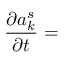
{ \frac { \partial a _ { k } ^ { s } } { \partial t } } =